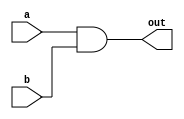
module continuous_assignment (
    input a,
    input b,
    output out
);

assign out = a & b;

endmodule